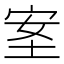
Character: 𡋅